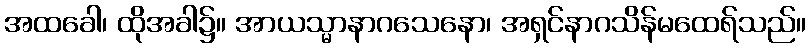
အထခေါ၊ ထိုအခါ၌။ အာယသ္မာနာဂသေနော၊ အရှင်နာဂသိန်မထေရ်သည်။